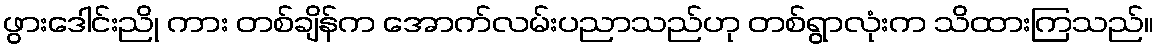
ဖွားဒေါင်းညို ကား တစ်ချိန်က အောက်လမ်းပညာသည်ဟု တစ်ရွာလုံးက သိထားကြသည်။